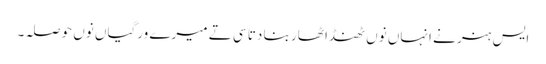
ایس ہنر نے انہاں نوں ٹھنڈا ٹھار بنا دتا سی تے میرے ورگیاں نوں حوصلہ۔